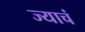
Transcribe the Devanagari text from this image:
ज्याचं